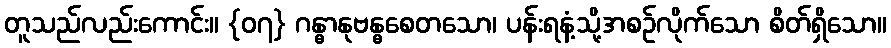
တူသည်လည်းကောင်း။ {၀၇} ဂန္ဓာနုဗန္ဓစေတသော၊ ပန်းရနံ့သို့အစဉ်လိုက်သော စိတ်ရှိသော။